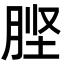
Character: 𭨶